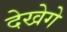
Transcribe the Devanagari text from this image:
देखेगे